Annual statistical returns and brief notes on vaccination in Bengal - 1887-1898
Year: 1887
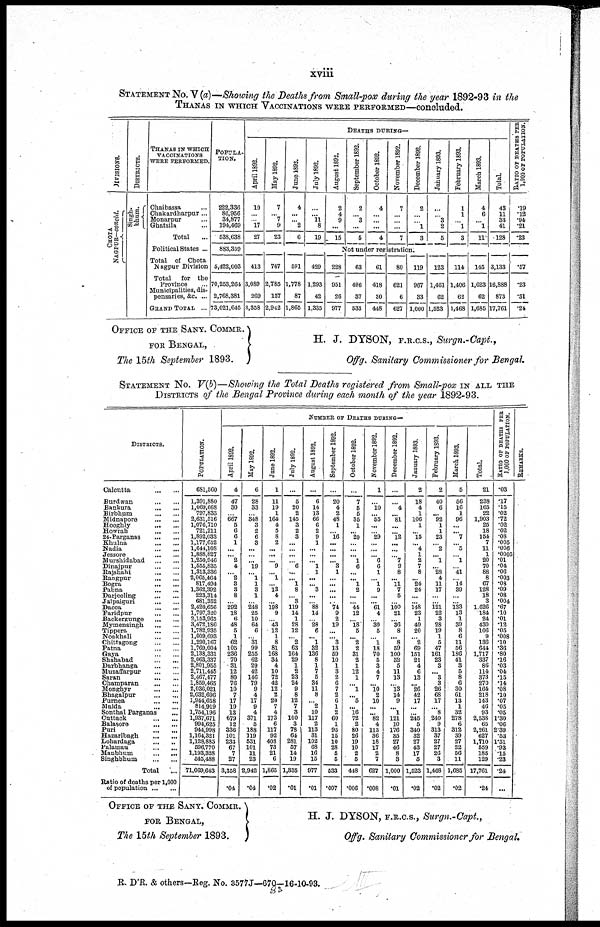
xviii
STATEMENT No. V (a)—Showing the Deaths from Small-pox during the year 1892-93 in the
THANAS IN WHICH VACCINATIONS WERE PERFORMED—concluded.
DIVISIONS.
CHOTA
NAGPUR—conclud.
DISTRICTS.
Singh¬
bhum.
THANAS IN WHICH
VACCINATIONS
WERE PERFORMED.
Chaibassa ...
Chakardharpur...
Monarpur ...
Ghatsila ...
Total ...
Political States ...
Total
of Chota
Nagpur Division
Total
for the
Province
...
Municipalities, dis-
pensaries, &c. ...
GRAND TOTAL ...
POPULA-
TION.
222,336
86,956
34,877
104,469
538,638
883,359
5,422,003
70,253,264
2,768,381
73,021,645
DEATHS DURING—
April 1892.
10
...
...
17
27
413
3,089
269
3,358
May 1892.
7
... 7
9
23
June 1893.
4
...
... 2
6
July 1892.
...
... 11
8
19
August 1892.
2
4
9
...
15
September 1892.
2
...
3
...
5
October 1892.
4
...
...
...
4
November 1892.
7
...
...
...
7
December 1892.
2
...
...
1
3
January 1893.
...
...
3
2
5
February 1893.
1
1
...
1
3
March 1893.
4
6
...
1
11
Total.
43
11
38
41
128
RATIO OF DEATHS PER
1,000 OF POPULATION.
.19
.12
.94
.21
.23
Not under registration.
767
2,785
157
2,942
591
1,778
87
1,865
429
1,293
42
1,335
228
951
26
977
63
496
37
533
61
418
30
448
80
621
6
627
119
967
33
1,000
123
1,461
62
1,523
114
1,406
62
1,468
145
1,623
62
1,685
3,133
16,888
873
17,761
.57
.23
.31
.24
OFFICE OF THE SANY. COMMR.
FOR BENGAL,
The 15th September 1893.
H. J. DYSON, F.R.C.S., Surgn.-Capi.,
Offg, Sanitary Commissioner for Bengal.
STATEMENT No. V(b)—Showing the Total Deaths registered from Small-pox IN ALL THE
DISTRICTS of the Bengal Province during each month of the year 1892-93.
DISTRICTS.
Calcutta
...
...
Burdwan
...
...
Bankura
...
...
Birbhum
...
...
Midnapore
...
...
Hooghly
...
...
Howrah
...
...
24-Parganas
...
...
Khulna
...
...
Nadia
...
...
Jessore
...
...
Murshidabad
...
...
Dinajpur
...
...
Rajshahi
...
...
Rangpur
...
...
Bogra
...
...
Pabna
...
...
Darjeeling
...
...
Jalpaiguri
...
...
Dacca
...
...
Faridpur
...
...
Backergunge
...
...
Mymensingh
...
...
Tippera
...
...
Noakhali
...
...
Chittagong
...
...
Patna
...
...
Gaya
...
...
Shahabad
...
...
Darbhanga
...
...
Muzaffarpur
...
...
Saran
...
...
Champaran
...
...
Monghyr
...
...
Bhagalpur
...
...
Purnea
...
...
Malda
...
...
Sonthal Parganas ...
Cuttaok
...
...
Balasore
...
...
Puri
...
...
Hazaribagh
...
...
Lohardaga
...
...
Palamau
...
...
Manbhum
...
...
Singhbhum
...
...
Total ...
Ratio of deaths per 1,000
of population ... ...
POPULATION.
681,560
1,391,880
1,069,668
797,833
2,631,516
1,076,710
721,211
1,892,033
1,177,652
1,644,108
1,888,827
1,250,946
1,555,835
1,313,336
2,065,464
817,494
1,362,392
223,314
681,352
2,420,656
1,797,320
2,153,965
3,472,180
1,782,935
1,009,693
1,290,167
1,769,004
2,138,331
2,063,337
2,801,955
2,711,445
2,467,477
1,859,465
2,036,021
2,032,696
1,944,658
814,919
1,754,196
1,937,671
994,625
944,998
1,164,321
1,128,885
596,770
1,193,328
545,488
71,069,643
NUMBER OF DEATHS DURING—
April 1892.
4
47
30
...
667
5
C
6
1
...
... 2
4
... 2
3
3
8
292
18
6
48
5
1
62
106
236
70
31
12
80
76
10
7
17
19
13
679
12
336
101
233
67
7
27
3,358
.04
May 1892.
6
28
33
...
348
3
2
6
3
...
...
... 19
... 1
1
3
1
...
248
25
10
64
6
... 31
99
265
62
29
42
146
79
9
4
17
9
4
371
5
188
119
531
101
11
23
2,942
.04
June 1892.
1
11
19
1
164
4
5
8
2
...
...
... 9
... 1
...
13
4
...
198
9
...
43
12
1
8
81
168
34
4
10
72
42
12
2
20
7
4
173
6
117
92
408
73
21
6
1,865
.02
July 1892.
...
5
20
2
145
3
2
3
...
...
...
... 6
...
... 1
8
... 3
119
14
1
28
12
... 2
63
164
29
1
2
23
24
9
8
12
7
8
100
3
78
64
281
57
14
19
1,335
.01
August 1892.
...
6
14
13
66
6
2
9
1
...
...
... 1
1
...
... 3
...
... 88
14
28
6
... 1
32
136
8
1
7
5
34
11
8
... 2
10
117
2
113
31
102
68
16
15
977
.01
September 1892.
...
20
4
2
48
1
... 16
...
...
...
... 3
1
...
...
...
...
... 74
9
2
19
...
... 3
13
59
10
1
3
2
6
7
2
6
1
2
60
1
95
15
10
28
5
5
533
.007
October 1892.
...
7
5
5
36
1
... 20
...
...
... 1
6
...
... 1
2
...
... 44
12
... 18
5
...
2
2
31
2
1
12
1
... 1
... 5
... 16
72
2
80
26
19
10
2
5
448
.006
November 1892.
1
...
10
... 55
...
...
29
...
...
... 6
6
1
... 1
9
...
... 61
4
... 30
5
... 1
18
70
5
3
4
7
... 10
2
10
...
... 82
4
113
36
18
17
2
7
627
.008
December 1892.
...
...
4
... 81
...
...
12
...
...
...
7
9
8
... 11
7
6
...
100
21
... 36
8
... 8
59
100
32
6
11
13
...
13
14
9
... 1
121
10
176
35
27
46
8
3
1,000
.01
January 1893.
2
18
4
1
106
1
... 15
... 4
1
2
7
8
... 24
24
...
...
148
23
1
49
20
... 2
69
151
21
4
6
13
... 26
42
17
...
...
245
5
340
32
27
43
17
5
1,523
.02
February 1893.
2
40
6
... 92
1
1
23
... 2
... 1
... 28
4
11
17
121
22
3
28
19
1
5
47
161
23
3
... 3
3
26
68
17
... 8
240
9
313
37
27
27
26
3
1,468
.02
March 1893.
5
56
16
1
96
...
... 7
... 5
...
1
...
41
...
14
39
...
...
133
13
1
39
8
6
11
56
186
41
3
5
8
6
30
61
13
1
32
278
6
312
39
27
22
56
11
1,685
.02
Total.
21
238
165
22
1,903
25
18
154
7
11
1
20
70
88
8
67
128
18
3
1,626
184
24
430
106
9
136
644
1,717
337
86
114
373
270
164
218
143
46
93
2,538
65
2,261
627
1,710
559
185
129
17,761
.24
RATIO OF DEATHS PER
1,000 OF POPULATION.
.03
.17
.15
.02
.72
.02
.02
.08
.005
.006
.0005
.01
.04
.06
.003
.08
.09
.08
.004
.67
.10
.01
.12
.05
.008
.10
.36
.80
.16
.03
.04
.15
.14
.08
.10
.07
.05
.05
1.30
.06
2.39
.53
1.51
.93
.15
.23
.24
...
REMARKS.
OFFICE OF THE SANY. COMMR.
FOR BENGAL,
The 15th September 1893.
H. J. DYSON, F.R.C.S., Surgn.-Capt.,
Offg. Sanitary Commissioner for Bengal,
R. D' R. & others—Reg. No. 3577J—670—16-10-93.